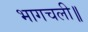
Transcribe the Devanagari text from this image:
भागचली॥